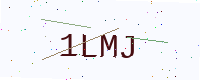
Text: 1LMJ